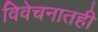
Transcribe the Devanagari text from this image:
विवेचनातही